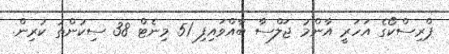
ޕްރިސްކޯގެ އަހަރީ އާންމު ޖަލްސާ ބާއްވައިފި 51 މިނެޓް 38 ސިކުންތު ކުރިން.